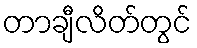
တာချီလိတ်တွင်